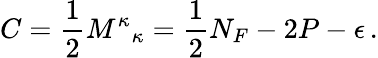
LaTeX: C=\frac{1}{2}{M^{\kappa}}_{\kappa}=\frac{1}{2}N_{F}-2P-\epsilon\, .